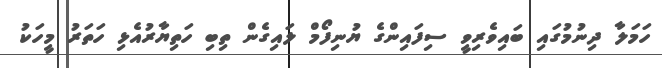
ހަމަލާ ދިނުމުގައި ބައިވެރިވީ ސިފައިންގެ ޔުނިފޯމް ލައިގެން ތިބި ހަތިޔާރުއެޅި ހަތަރު މީހަކު